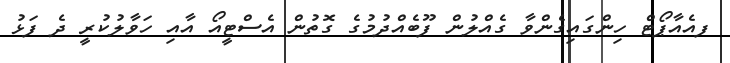
ފއެއާޕޯޓް ހިންގައިގެންވާ ގެއްލުން ފޫބެއްދުމުގެ ގޮތުން އެސްޓީއޯ އާއި ހަވާލުކުރީ ދެ ފަޅު